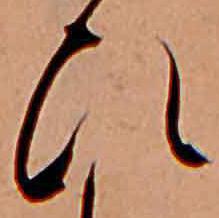
ひ